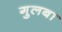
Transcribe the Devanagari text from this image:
गुलबा